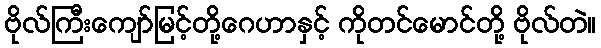
ဗိုလ်ကြီးကျော်မြင့်တို့ဂေဟာနှင့် ကိုတင်မောင်တို့ ဗိုလ်တဲ။